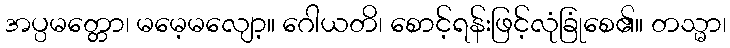
အပ္ပမတ္တော၊ မမေ့မလျော့။ ဂေါယတိ၊ စောင့်ရန်းဖြင့်လုံခြုံစေ၏။ တသ္မာ၊